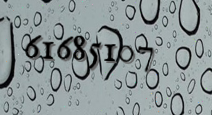
61685107